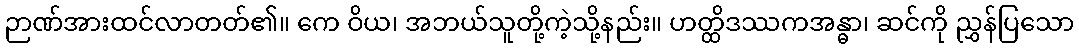
ဉာဏ်အားထင်လာတတ်၏။ ကေ ဝိယ၊ အဘယ်သူတို့ကဲ့သို့နည်း။ ဟတ္ထိဒဿကအန္ဓာ၊ ဆင်ကို ညွှန်ပြသော